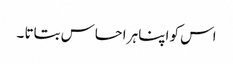
اس کو اپنا ہر احساس بتاتا ۔